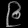
Digit: ၉